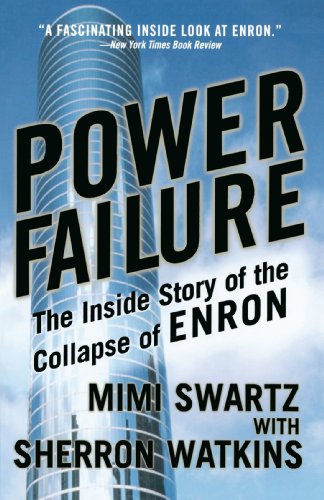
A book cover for Power Failure: The Inside Story of the Collapse of Enron; Mimi Swartz; Law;